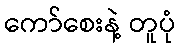
ကော်စေးနဲ့ တူပုံ